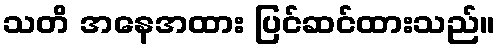
သတိ အနေအထား ပြင်ဆင်ထားသည်။